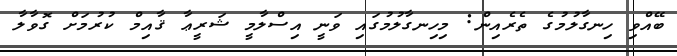
ބޭއްވި ހިނގާލުމުގެ ތެރެއިން: މިހިނގާލުމުގައި ވަނީ އިސްލާމީ ޝަރީޢާ ޤާއިމް ކުރުމަށް ގޮވާލާ